Annual administration report of the Civil Veterinary Department of India - 1908-1909
Year: 1908
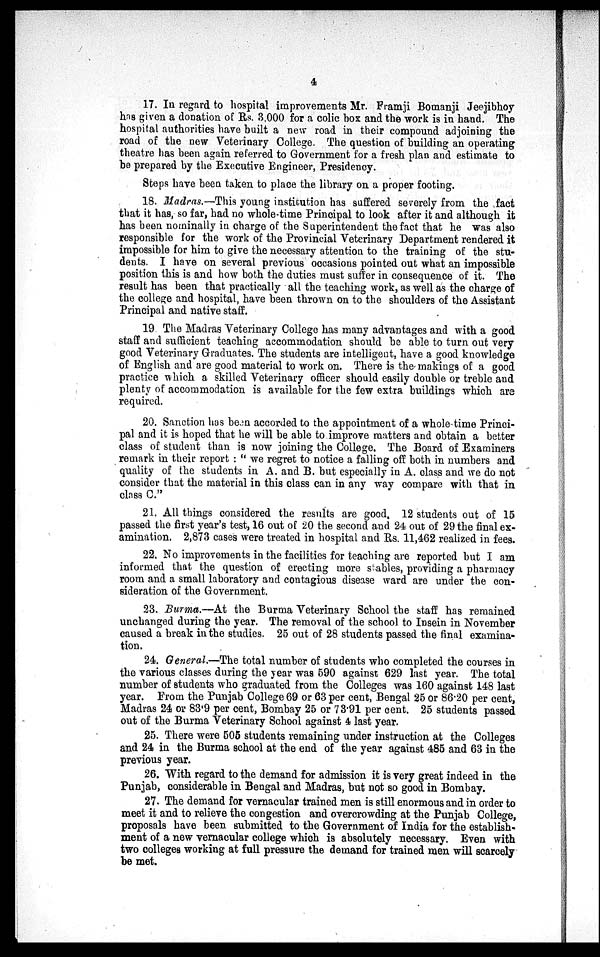
4
17. In regard to hospital improvements Mr. Framji Bomanji Jeejibhoy
has given a donation of Rs. 3,000 for a colic box and the work is in hand. The
hospital authorities have built a new road in their compound adjoining the
road of the new Veterinary College. The question of building an operating
theatre has been again referred to Government for a fresh plan and estimate to
be prepared by the Executive Engineer, Presidency.
Steps have been taken to place the library on a proper footing.
18. Madras.—This young institution has suffered severely from the fact
that it has, so far, had no whole-time Principal to look after it and although it
has been nominally in charge of the Superintendent the fact that he was also
responsible for the work of the Provincial Veterinary Department rendered it
impossible for him to give the necessary attention to the training of the stu-
dents. I have on several previous occasions pointed out what an impossible
position this is and how both the duties must suffer in consequence of it. The
result has been that practically all the teaching work, as well as the charge of
the college and hospital, have been thrown on to the shoulders of the Assistant
Principal and native staff.
19. The Madras Veterinary College has many advantages and with a good
staff and sufficient teaching accommodation should be able to turn out very
good Veterinary Graduates. The students are intelligent, have a good knowledge
of English and are good material to work on. There is the makings of a good
practice which a skilled Veterinary officer should easily double or treble and
plenty of accommodation is available for the few extra buildings which are
required.
20. Sanction has been accorded to the appointment of a whole time Princi-
pal and it is hoped that he will be able to improve matters and obtain a better
class of student than is now joining the College. The Board of Examiners
remark in their report: "we regret to notice a falling off both in numbers and
quality of the students in A. and B. but especially in A. class and we do not
consider that the material in this class can in any way compare with that in
class C."
21. All things considered the results are good. 12 students out of 15
passed the first year's test, 16 out of 20 the second and 24 out of 29 the final ex-
amination. 2,873 cases were treated in hospital and Rs. 11,462 realized in fees.
22. No improvements in the facilities for teaching are reported but I am
informed that the question of erecting more stables, providing a pharmacy
room and a small laboratory and contagious disease ward are under the con-
sideration of the Government.
23. Burma.—At the Burma Veterinary School the staff has remained
unchanged during the year. The removal of the school to Insein in November
caused a break in the studies. 25 out of 28 students passed the final examina-
tion.
24. General.—The total number of students who completed the courses in
the various classes during the year was 590 against 629 last year. The total
number of students who graduated from the Colleges was 160 against 148 last
year. From the Punjab College 69 or 63 per cent, Bengal 25 or 86.20 per cent,
Madras 24 or 83.9 per cent, Bombay 25 or 73.91 per cent. 25 students passed
out of the Burma Veterinary School against 4 last year.
25. There were 505 students remaining under instruction at the Colleges
and 24 in the Burma school at the end of the year against 485 and 63 in the
previous year.
26. With regard to the demand for admission it is very great indeed in the
Punjab, considerable in Bengal and Madras, but not so good in Bombay.
27. The demand for vernacular trained men is still enormous and in order to
meet it and to relieve the congestion and overcrowding at the Punjab College,
proposals have been submitted to the Government of India for the establish-
ment of a new vernacular college which is absolutely necessary. Even with
two colleges working at full pressure the demand for trained men will scarcely
be met.